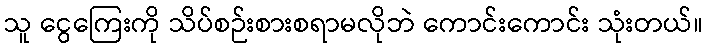
သူ ငွေကြေးကို သိပ်စဉ်းစားစရာမလိုဘဲ ကောင်းကောင်း သုံးတယ်။